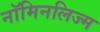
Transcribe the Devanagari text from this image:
नॉमिनलिज्म